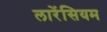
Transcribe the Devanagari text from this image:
लारेंसियम